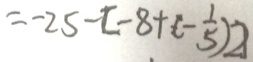
= - 2 5 - [ - 8 + ( - \frac { 1 } { 5 } ) ]